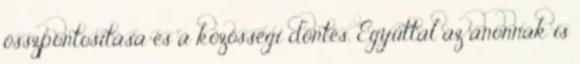
összpontosítása és a közösségi döntés. Egyúttal az anonnak is